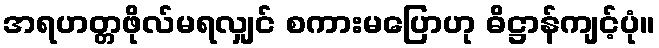
အရဟတ္တဖိုလ်မရလျှင် စကားမပြောဟု ဓိဋ္ဌာန်ကျင့်ပုံ။